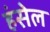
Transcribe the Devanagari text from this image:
हंसेल